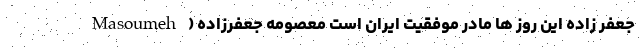
جعفر زاده این روز ها مادر موفقیت ایران است معصومه جعفرزاده ( Masoumeh